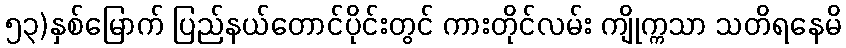
၅၃)နှစ်မြောက် ပြည်နယ်တောင်ပိုင်းတွင် ကားတိုင်လမ်း ကျိုက္ကသာ သတိရနေမိ